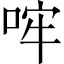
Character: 哰